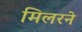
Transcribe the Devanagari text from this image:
मिलरने